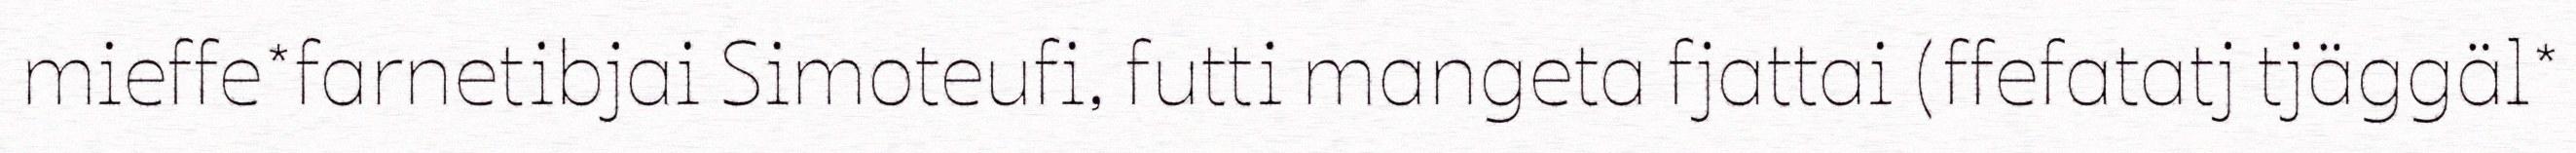
mieffe*farnetibjai Simoteufi, futti mangeta fjattai (ffefatatj tjäggäl*